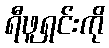
ရီဖူရှင်းကို